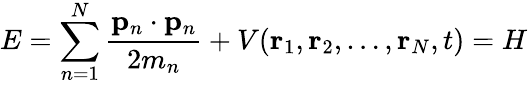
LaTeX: E=\sum_{n=1}^{N}{\frac{\mathbf{p}_{n}\cdot\mathbf{p}_{n}}{2m_{n}}}+V(\mathbf{r}_{1},\mathbf{r}_{2},\ldots,\mathbf{r}_{N},t)=H\,